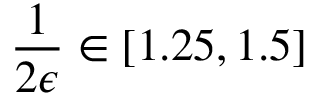
\frac { 1 } { 2 \epsilon } \in [ 1 . 2 5 , 1 . 5 ]